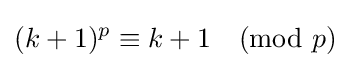
(k+1)^{p}\equiv k+1{\pmod {p}}